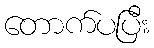
တောက်ပပြီး